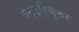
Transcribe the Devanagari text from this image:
वेन्ट्रिकुलर